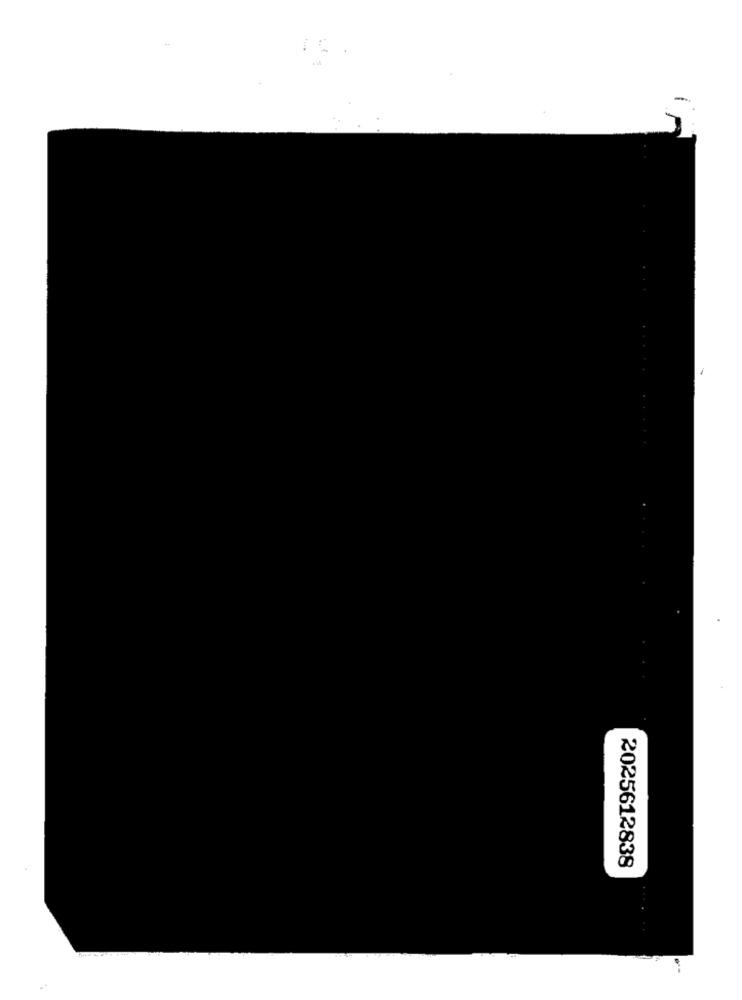
2025612838